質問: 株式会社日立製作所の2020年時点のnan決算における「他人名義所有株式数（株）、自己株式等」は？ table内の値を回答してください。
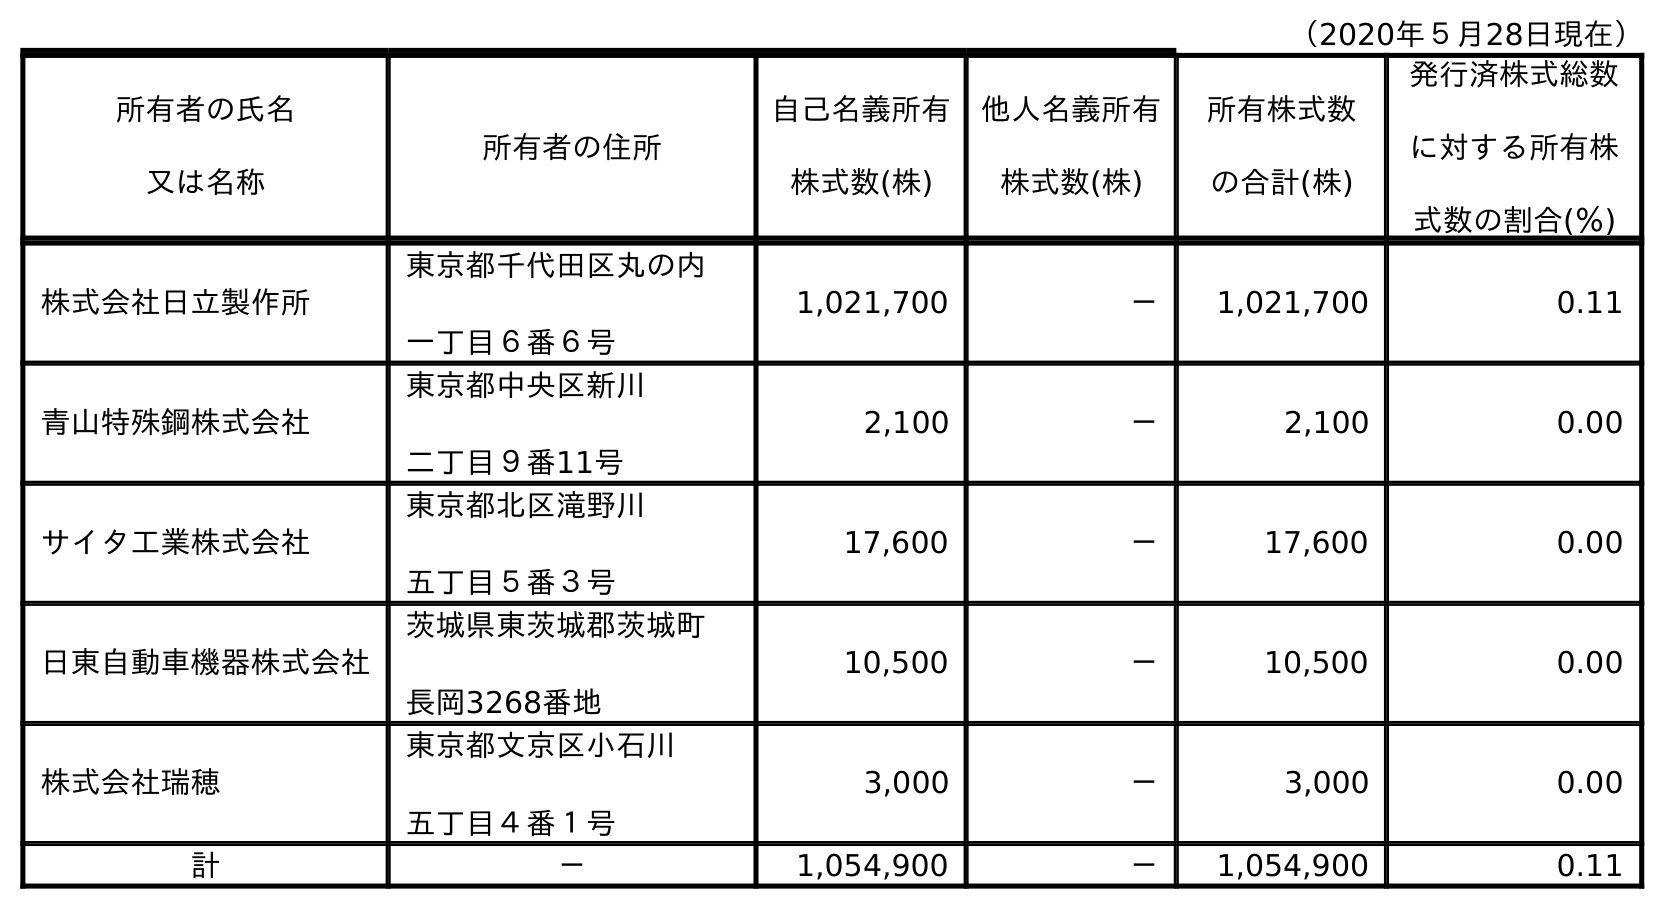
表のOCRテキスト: （2020年５月28日現在） 所有者の氏名 又は名称 所有者の住所 自己名義所有 株式数(株) 他人名義所有 株式数(株) 所有株式数 の合計(株) 発行済株式総数 に対する所有株 式数の割合(％) 株式会社日立製作所 東京都千代田区丸の内 一丁目６番６号 1,021,700 － 1,021,700 0.11 青山特殊鋼株式会社 東京都中央区新川 二丁目９番11号 2,100 － 2,100 0.00 サイタ工業株式会社 東京都北区滝野川 五丁目５番３号 17,600 － 17,600 0.00 日東自動車機器株式会社 茨城県東茨城郡茨城町 長岡3268番地 10,500 － 10,500 0.00 株式会社瑞穂 東京都文京区小石川 五丁目４番１号 3,000 － 3,000 0.00 計 － 1,054,900 － 1,054,900 0.11
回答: －